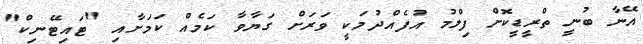
އޭނާ ބުނީ ތްރީޑީކޮށް ފިލްމު އުފެއްދުމަކީ ވަރަށް ގަޔާވާ ކަމެއް ކަމަށާއި "ޓައިޓޭނިކް"